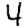
Digit: 4